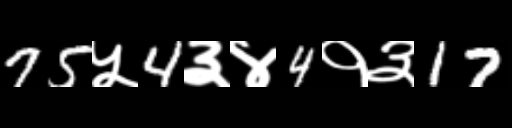
Text: 75५4३४4१३17